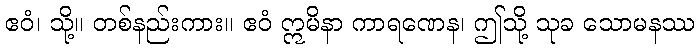
ဧဝံ၊ သို့။ တစ်နည်းကား။ ဧဝံ ဣမိနာ ကာရဏေန၊ ဤသို့ သုခ သောမနဿ